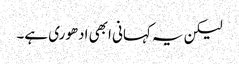
لیکن یہ کہانی ابھی ادھوری ہے۔